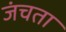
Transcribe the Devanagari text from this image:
जंचता